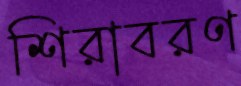
শিরাবরণ